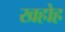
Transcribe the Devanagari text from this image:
खहोह